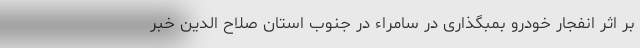
بر اثر انفجار خودرو بمبگذاری در سامراء در جنوب استان صلاح الدین خبر